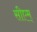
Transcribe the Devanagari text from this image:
सीएम्